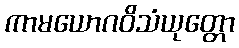
ကာမယောဂဝိသံယုတ္တော